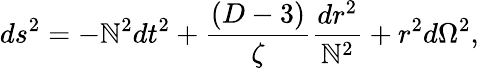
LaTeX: ds^{2}=-\mathbb{N}^{2}dt^{2}+\frac{{(D-3)}}{{\zeta}}\frac{{dr^{2}}}{{\mathbb{N}^{2}}}+r^{2}d\Omega^{2},